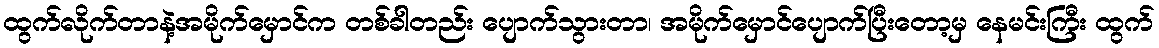
ထွက်လိုက်တာနဲ့အမိုက်မှောင်က တစ်ခါတည်း ပျောက်သွားတာ၊ အမိုက်မှောင်ပျောက်ပြီးတော့မှ နေမင်းကြီး ထွက်